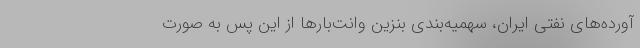
آورده‌های نفتی ایران، سهمیه‌بندی بنزین وانت‌بارها از این پس به صورت